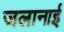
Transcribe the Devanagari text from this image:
जलानाई